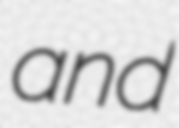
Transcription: and